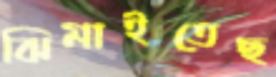
ঝিমাইতেছ